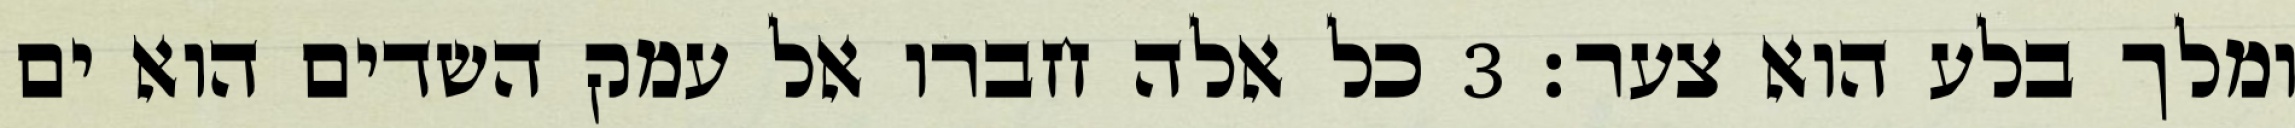
ומלך בלע הוא צער׃ ‎3‏ כל אלה חברו אל עמק השדים הוא ים